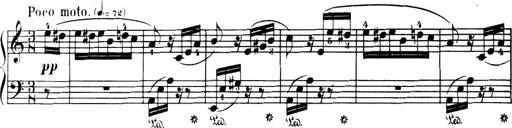
Title: 32 Sonatinas and Rondos for the Piano
Composer: Richard Kleinmichel